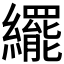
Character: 𬘊